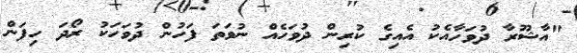
"އާޝޫރާ ދުވަހާއެކު އެއިގެ ކުރިން ދުވަހެއް ނުވަތަ ފަހުން ދުވަހަކު ރޯދަ ހިފަން